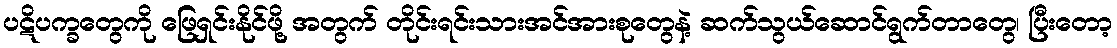
ပဋိပက္ခတွေကို ဖြေရှင်းနိုင်ဖို့ အတွက် တိုင်းရင်းသားအင်အားစုတွေနဲ့ ဆက်သွယ်ဆောင်ရွက်တာတွေ၊ ပြီးတော့